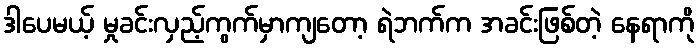
ဒါပေမယ့် မှုခင်းလှည့်ကွက်မှာကျတော့ ရဲဘက်က အခင်းဖြစ်တဲ့ နေရာကို